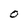
Character: O